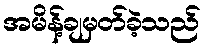
အမိန့်ချမှတ်ခဲ့သည်